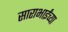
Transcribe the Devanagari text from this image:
साराभाईंच्या